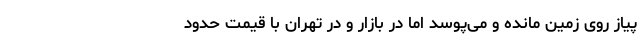
پیاز روی زمین مانده و می‌پوسد اما در بازار و در تهران با قیمت حدود